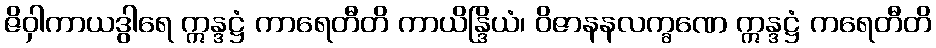
ဇိဝှါကာယဒွါရေ ဣန္ဒဋ္ဌံ ကာရေတီတိ ကာယိန္ဒြိယံ၊ ဝိဇာနနလက္ခဏေ ဣန္ဒဋ္ဌံ ကရေတီတိ